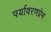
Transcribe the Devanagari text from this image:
पर्यावरणप्रेम